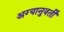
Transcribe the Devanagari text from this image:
अग्यानुवर्ती